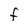
Character: F